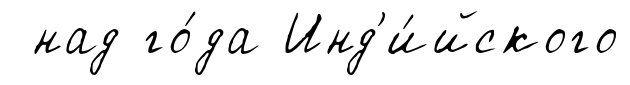
над го́да Инд'и́йского